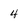
Character: 4